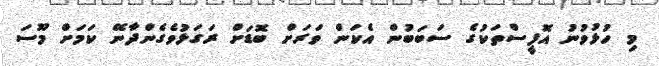
މި ހުޅުވުނު އޮފީސްތަކުގެ ސަބަބުން އެކަން ވަރަށް ބޮޑަށް ރަގަޅުވެގެންދާނޭ ކަމަށް މޫސަ